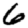
Digit: 6